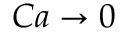
C a \rightarrow 0